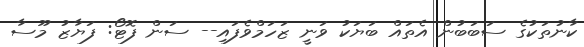
ކާނުތަކުގެ ސަބަބުން އެތައް ބަޔަކު ވަނީ ޒަހަމްވެފައި-- ސަން ފޮޓޯ: ފަޔާޒު މޫސާ